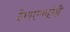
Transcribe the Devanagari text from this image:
देणाऱ्यांनी